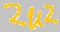
Text: 2u2